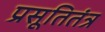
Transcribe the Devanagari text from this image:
प्रसूतितंत्र